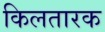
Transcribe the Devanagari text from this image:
किलतारक